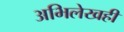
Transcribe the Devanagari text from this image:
अभिलेखही